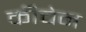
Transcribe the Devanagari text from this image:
कीचेन